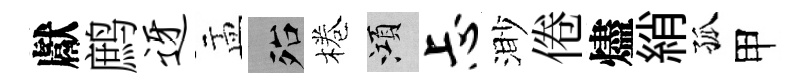
獻鹧迓盂殆棬澒忐渺倦燼綃孤甲